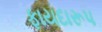
ફાયદારૂપ